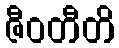
ဇီဝတီတိ